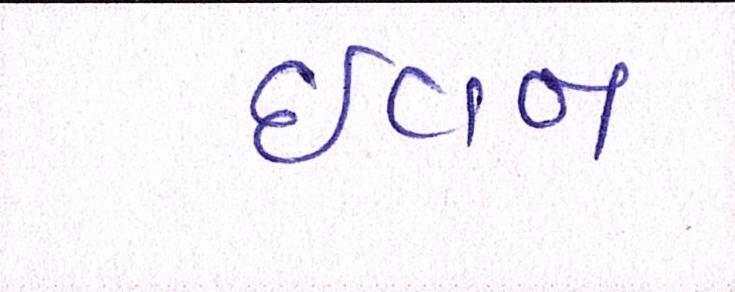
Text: ઇવન